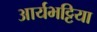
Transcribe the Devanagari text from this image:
आर्यभट्टिया